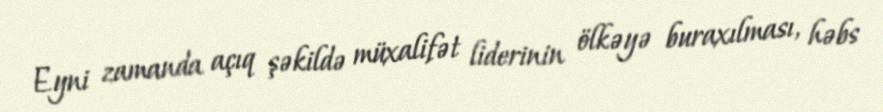
Eyni zamanda açıq şəkildə müxalifət liderinin ölkəyə buraxılması, həbs